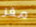
مفر